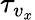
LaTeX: \tau_{v_{x}}